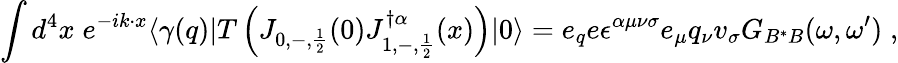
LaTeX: \int d^{4}x\; e^{-ik\cdot x}\langle\gamma(q)|T\left(J_{0,-,\frac{1}{2}}(0)J_{1,-,\frac{1}{2}}^{\dagger\alpha}(x)\right)|0\rangle=e_{q}e\epsilon^{\alpha\mu\nu\sigma}e_{\mu}q_{\nu}v_{\sigma}G_{B^{*}B}(\omega,\omega^{\prime})\; ,